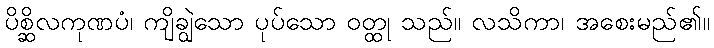
ပိစ္ဆိလကုဏပံ၊ ကျိချွဲသော ပုပ်သော ဝတ္ထု သည်။ လသိကာ၊ အစေးမည်၏။